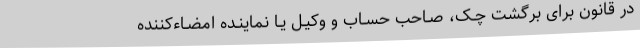
در قانون برای برگشت چـک، صـاحب حسـاب و وکیـل یـا نماینـده امضـاءکننده